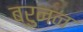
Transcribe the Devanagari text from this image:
ब्रुनन